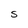
Character: S